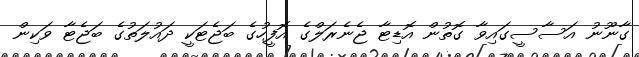
ގާނޫނު އަސާސީގައިވާ ގޮތުން އޮޑިޓާ ޖެނެރަލްގެ އޮފީހުގެ ބަޖެޓަކީ ދައުލަތުގެ ބަޖެޓާ ވަކިން